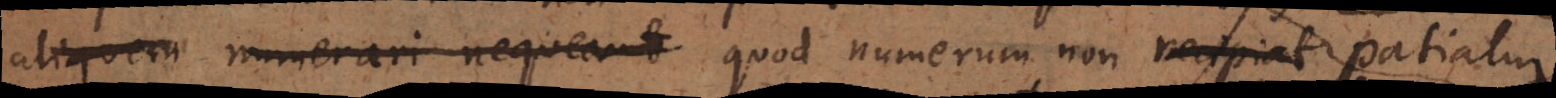
aliquem numerari nequeant quod numerum non recipiat patiatur